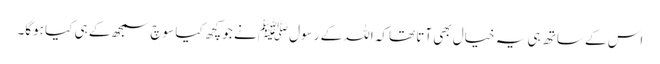
اس کے ساتھ ہی یہ خیال بھی آتا تھاکہ اللہ کے رسولﷺ نے جو کچھ کیا سوچ سمجھ کے ہی کیا ہوگا۔